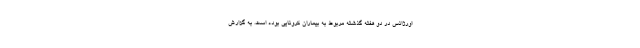
اورژانس در دو هفته گذشته مربوط به بیماران کرونایی بوده است. به گزارش